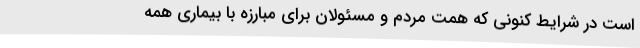
است در شرایط کنونی که همت مردم و مسئولان برای مبارزه با بیماری همه